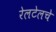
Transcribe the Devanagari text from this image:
रेलटेलचे